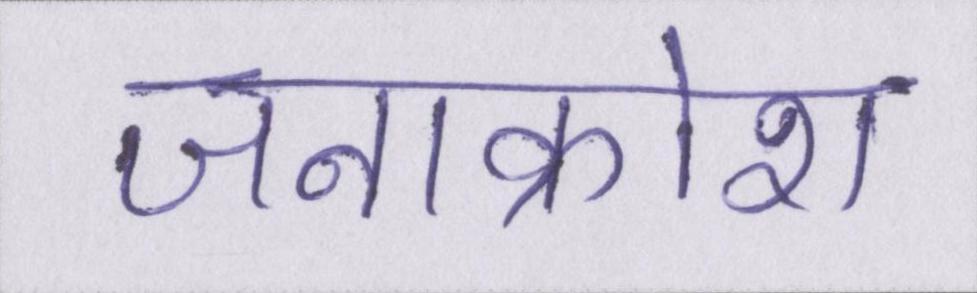
जनाक्रोश